Malarial fevers
Disease focus: Malaria
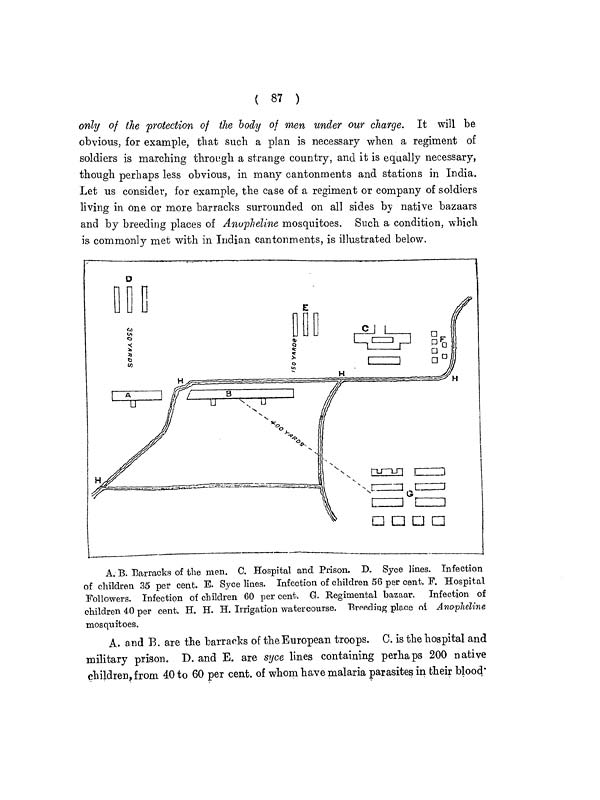
( 87 )
only of the protection of the body of men under our charge. It will be
obvious, for example, that such a plan is necessary when a regiment of
soldiers is marching through a strange country, and it is equally necessary,
though perhaps less obvious, in many cantonments and stations in India.
Let us consider, for example, the case of a regiment or company of soldiers
living in one or more barracks surrounded on all sides by native bazaars
and by breeding places of Anopheline mosquitoes. Such a condition, which
is commonly met with in Indian cantonments, is illustrated below.
A. B. Barracks of the men. C. Hospital and Prison. D. Syce lines. Infection
of children 35 per cent. E. Syce lines. Infection of children 56 per cent. F. Hospital
Followers. Infection of children 60 per cent, G. Regimental bazaar. Infection of
children 40 per cent. H. H. H. Irrigation watercourse. Breeding place of Anopheline
mosquitoes.
A. and B. are the barracks of the European troops. C. is the hospital and
military prison. D. and E. are syce lines containing perhaps 200 native
children, from 40 to 60 per cent, of whom have malaria parasites in their blood.